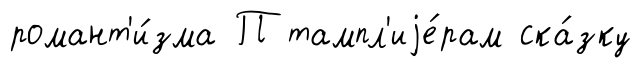
романт'и́зма П тампл'иjе́рам ска́зку